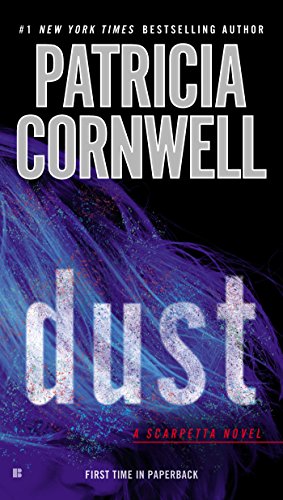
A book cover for Dust: Scarpetta (Book 21); Patricia Cornwell; Mystery, Thriller & Suspense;